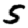
Digit: 5